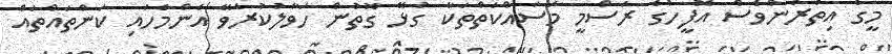
މީގެ އިތުރުންވެސް އޮފީހުގެ ރަސްމީ މަސައްކަތްތަކާ ގުޅޭ ގޮތުން ހަވާލުކުރެވޭ އެންމެހައި ކަންތައްތައް